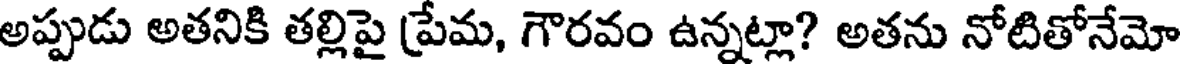
అప్పుడు అతనికి తల్లిపై ప్రేమ, గౌరవం ఉన్నట్లా? అతను నోటితోనేమో